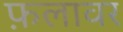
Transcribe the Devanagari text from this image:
फ़लावर